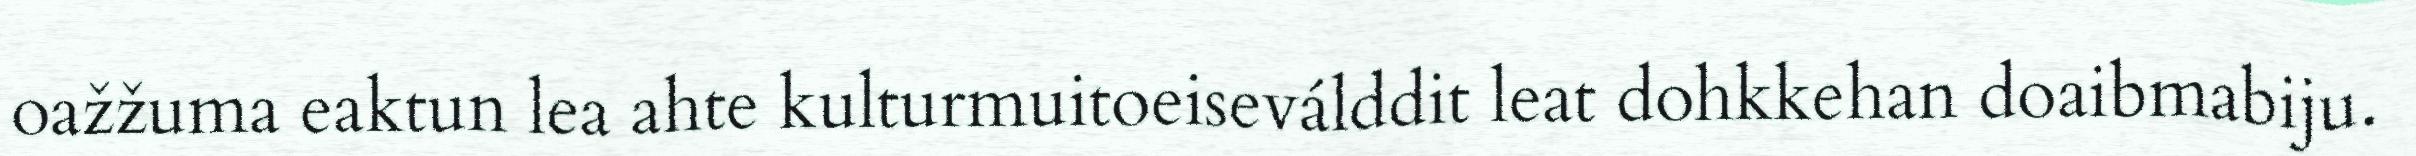
oažžuma eaktun lea ahte kulturmuitoeiseválddit leat dohkkehan doaibmabiju.